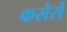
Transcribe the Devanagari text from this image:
कसेसे